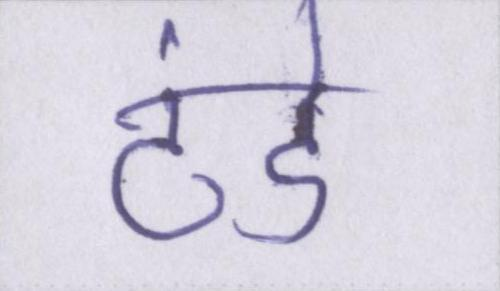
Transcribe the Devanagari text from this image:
ठंडे